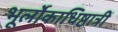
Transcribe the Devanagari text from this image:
भूर्लोकाधिष्ठात्रीं